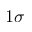
1 \sigma